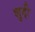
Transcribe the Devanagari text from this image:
शुद्दी